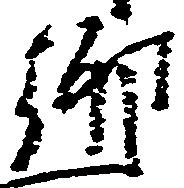
郷